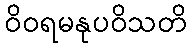
ဝိဝရမနုပဝိသတိ